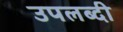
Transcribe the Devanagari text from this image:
उपलब्दी